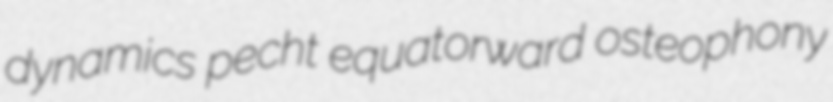
dynamics pecht equatorward osteophony